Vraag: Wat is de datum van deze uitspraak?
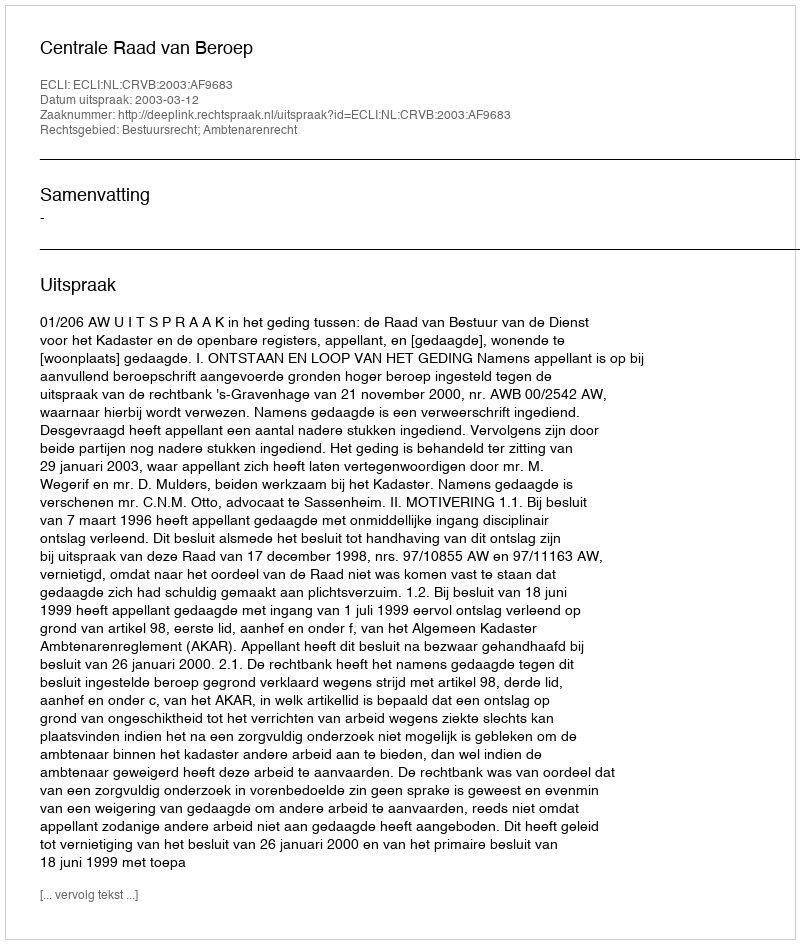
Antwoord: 2003-03-12